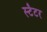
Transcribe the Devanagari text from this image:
स्टैटर